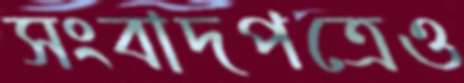
সংবাদপত্রেও